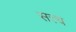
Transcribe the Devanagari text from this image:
सत्त्य